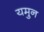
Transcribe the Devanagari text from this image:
यमुन